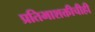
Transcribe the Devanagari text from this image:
प्रतिभाशक्तीचीही